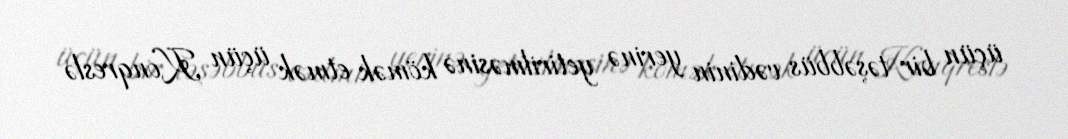
üçün bir təşəbbüs vədinin yerinə yetirilməsinə kömək etmək üçün Konqreslə